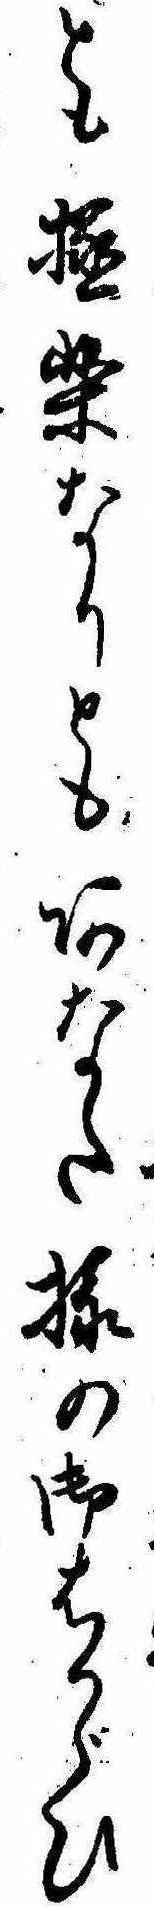
とも極楽なりともあなた様の御はからひ